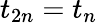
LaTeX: t_{2n}=t_{n}